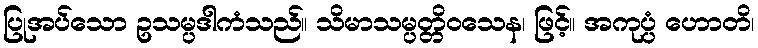
ပြုအပ်သော ဥသမ္ပဒါကံသည်။ သိမာသမ္ပတ္တိဝသေန၊ ဖြင့်။ အကုပ္ပံ ဟောတိ၊